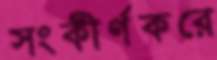
সংকীর্ণকরে